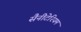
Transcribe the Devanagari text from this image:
सैनीटेरियम